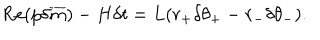
\mathrm { R e } ( p \delta \overline { { { m } } } ) - H \delta t = L ( r _ { + } \delta \theta _ { + } - r _ { - } \delta \theta _ { - } ) .